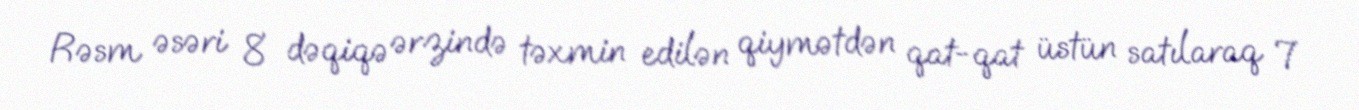
Rəsm əsəri 8 dəqiqə ərzində təxmin edilən qiymətdən qat-qat üstün satılaraq 7